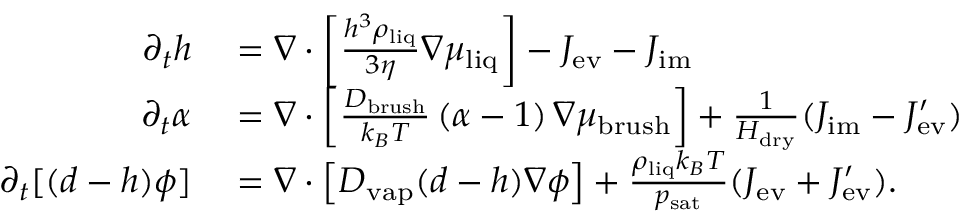
\begin{array} { r l } { \partial _ { t } h } & { { } = \nabla \cdot \left[ \frac { h ^ { 3 } \rho _ { \mathrm { l i q } } } { 3 \eta } \nabla \mu _ { \mathrm { l i q } } \right] - J _ { \mathrm { e v } } - J _ { \mathrm { i m } } } \\ { \partial _ { t } \alpha } & { { } = \nabla \cdot \left[ \frac { D _ { \mathrm { b r u s h } } } { k _ { B } T } \, ( \alpha - 1 ) \, \nabla \mu _ { \mathrm { b r u s h } } \right] + \frac { 1 } { H _ { \mathrm { d r y } } } ( J _ { \mathrm { i m } } - J _ { \mathrm { e v } } ^ { \prime } ) } \\ { \partial _ { t } [ ( d - h ) \phi ] } & { { } = \nabla \cdot \left[ D _ { \mathrm { v a p } } ( d - h ) \nabla \phi \right] + \frac { \rho _ { \mathrm { l i q } } k _ { B } T } { p _ { \mathrm { s a t } } } ( J _ { \mathrm { e v } } + J _ { \mathrm { e v } } ^ { \prime } ) . } \end{array}